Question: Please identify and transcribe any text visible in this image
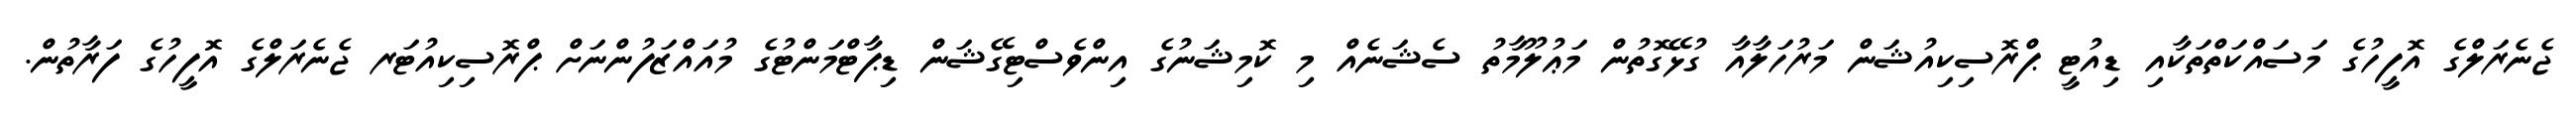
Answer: ޖެނެރަލްގެ އޮފީހުގެ މަސައްކަތްތަކާއި ޑިއުޓީ ޕްރޮސިކިއުޝަން މަރުހަލާއާ ގުޅޭގޮތުން މަޢުލޫމާތު ސެޝަނެއް މި ކޮމިޝަނުގެ އިންވެސްޓިގޭޝަން ޑިޕާޓްމަންޓުގެ މުއައްޒަފުންނަށް ޕްރޮސިކިއުޓަރ ޖެނެރަލްގެ އޮފީހުގެ ފަރާތުން.